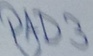
Text: PAD3